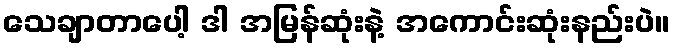
သေချာတာပေါ့ ဒါ အမြန်ဆုံးနဲ့ အကောင်းဆုံးနည်းပဲ။